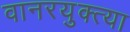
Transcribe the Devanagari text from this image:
वानरयुक्त्या